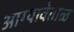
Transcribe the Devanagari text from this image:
आग्यावेताळ